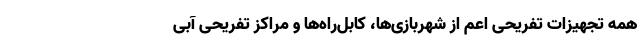
همه تجهیزات تفریحی اعم از شهربازی‌ها، کابل‌راه‌ها و مراکز تفریحی آبی